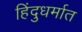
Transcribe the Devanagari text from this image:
हिंदुधर्मात